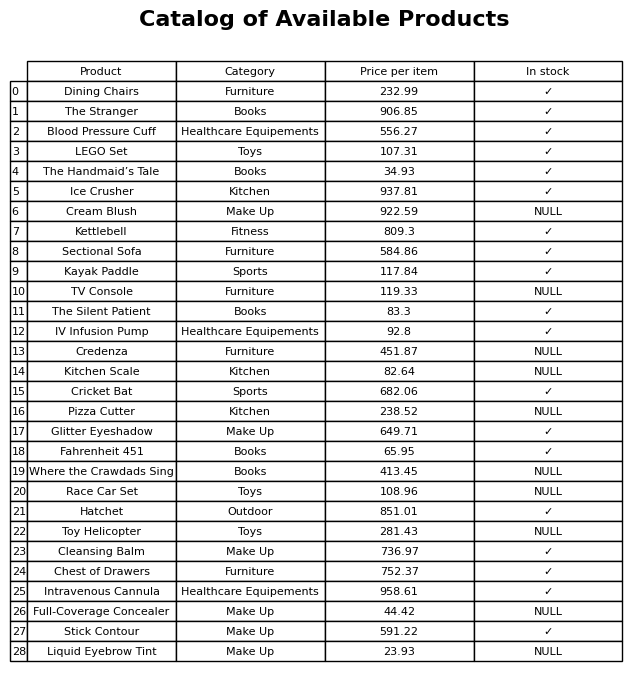
question: What is the stock status of the Toy Helicopter?
answer: NULL